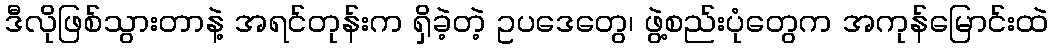
ဒီလိုဖြစ်သွားတာနဲ့ အရင်တုန်းက ရှိခဲ့တဲ့ ဥပဒေတွေ၊ ဖွဲ့စည်းပုံတွေက အကုန်မြောင်းထဲ